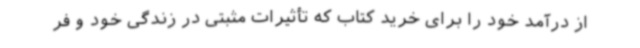
از درآمد خود را برای خرید کتاب که تأثیرات مثبتی در زندگی خود و فر